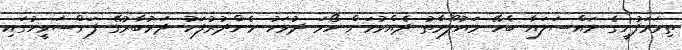
ތިމަރަފުށީގެ މައްސަލައާ ބެހޭ މައުލޫމާތު ދެއްވުމަށް ހޯމަ ދުވަހު މެންދުރުފަހު ދަރުބާރުގޭ ފަންސަވީހުގައި